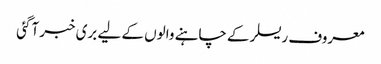
معروف ریسلر کے چاہنے والوں کے لیے بری خبر آگئی